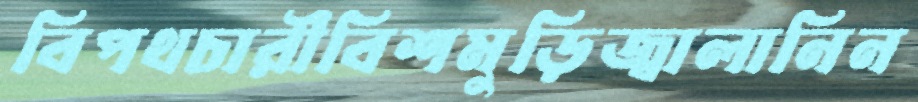
বিপথচারীবিশমুড়িজ্বালানিন